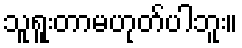
သူရူးတာမဟုတ်ပါဘူး။